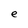
Character: e